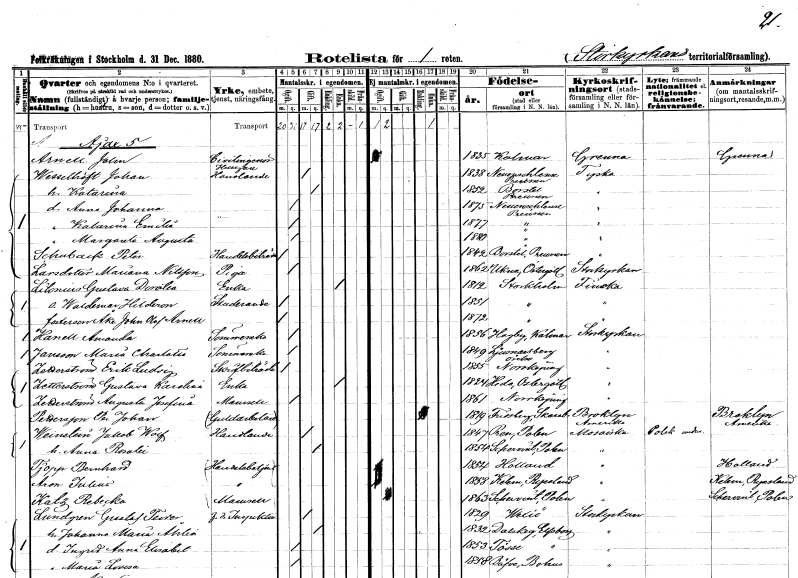
gt_parse: households: individuals: FN: Jolm
EN: Arnell
YRKE: Civilingenjör Husägare
KON: M
CIV: O
FODAR: 1835
FODFORS: Kalmar Kalmar län
FN: Johan
EN: Wesselhöft
YRKE: Handlande
KON: M
CIV: G
FODAR: 1838
FN: Katarina
KON: K
CIV: G
FODAR: 1852
FN: Anna Johanna
KON: K
CIV: O
FODAR: 1875
FN: Katarina Emilia
KON: K
CIV: O
FODAR: 1877
FN: Margareta Augusta
KON: K
CIV: O
FODAR: 1880
FN: Peter
EN: Schuback
YRKE: Handelsbiträde
KON: M
CIV: O
FODAR: 1842
FN: Mariana
EN: Larsdotter Nilsson
YRKE: Piga
KON: K
CIV: O
FODAR: 1862
FODFORS: Ukna Kalmar län
FN: Gustava Dorotea
EN: Lilonius
YRKE: Änka
KON: K
CIV: E
FODAR: 1812
FODFORS: Stockholm
FN: Waldemar Hilderon
YRKE: Studerande
KON: M
CIV: O
FODAR: 1851
FODFORS: Stockholm
FN: Åke John Olof
EN: Arnell
KON: M
CIV: O
FODAR: 1872
FODFORS: Stockholm
FN: Amanda
EN: Hanell
YRKE: Sömmerska
KON: K
CIV: O
FODAR: 1856
FODFORS: Hagby Kalmar län
FN: Maria Charlotta
EN: Jansson
YRKE: Sömmerska
KON: K
CIV: O
FODAR: 1849
FODFORS: Ljusnarsberg Örebro län
FN: Erik Ludvig
EN: Zetterström
YRKE: Skrivbiträde
KON: M
CIV: O
FODAR: 1855
FODFORS: Norrköping Östergötlands län
FN: Gustava Karolina
EN: Zetterström
YRKE: Änka
KON: K
CIV: E
FODAR: 1824
FODFORS: Heda Östergötlands län
FN: Augusta Josefina
EN: Zetterström
KON: K
CIV: O
FODAR: 1861
FODFORS: Norrköping Östergötlands län
FN: Per Johan
EN: Pettersson
YRKE: Guldarbetare
KON: M
CIV: E
FODAR: 1819
FODFORS: Fredsberg Skaraborgs län
FN: Jakob Wolf
EN: Weinstein
YRKE: Handlande
KON: M
CIV: G
FODAR: 1847
FN: Anna Rosalie
KON: K
CIV: G
FODAR: 1854
FN: Bernhard
EN: Pjopp
YRKE: Handelsbetjänt
KON: M
CIV: O
FODAR: 1854
FN: Julius
EN: Aron
YRKE: Handelsbetjänt
KON: M
CIV: O
FODAR: 1858
FN: Rebecka
EN: Katz
KON: K
CIV: O
FODAR: 1863